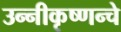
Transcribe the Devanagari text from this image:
उन्नीकृष्णन्चे